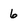
Character: 6